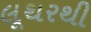
લૂથરથી